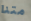
متنا